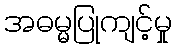
အဓမ္မပြုကျင့်မှု